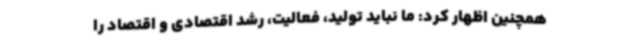
همچنین اظهار کرد: ما نباید تولید، فعالیت، رشد اقتصادی و اقتصاد را